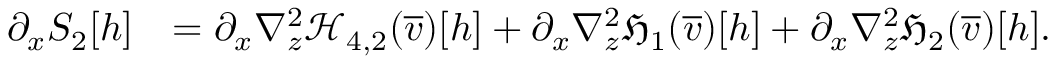
\begin{array} { r l } { \partial _ { x } S _ { 2 } [ h ] } & { = \partial _ { x } \nabla _ { z } ^ { 2 } \mathcal { H } _ { 4 , 2 } ( \overline { { v } } ) [ h ] + \partial _ { x } \nabla _ { z } ^ { 2 } \mathfrak { H } _ { 1 } ( \overline { { v } } ) [ h ] + \partial _ { x } \nabla _ { z } ^ { 2 } \mathfrak { H } _ { 2 } ( \overline { { v } } ) [ h ] . } \end{array}